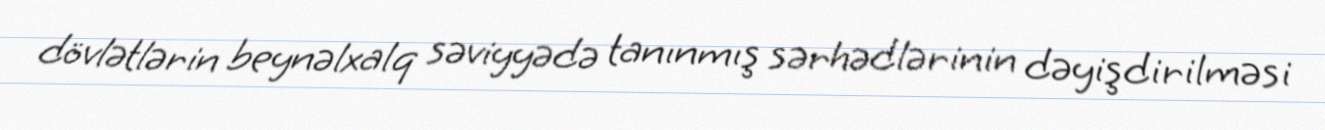
dövlətlərin beynəlxalq səviyyədə tanınmış sərhədlərinin dəyişdirilməsi